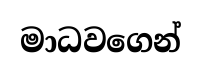
මාධවගෙන්